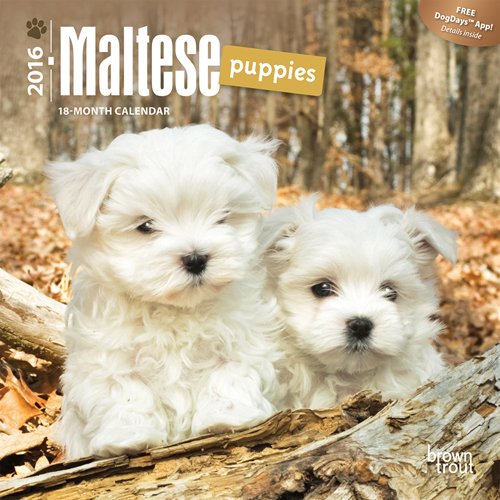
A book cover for Maltese Puppies 2016 Mini 7x7 (Multilingual Edition); Browntrout Publishers; Calendars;